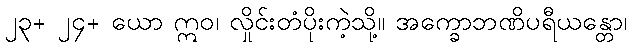
၂၃+ ၂၄+ ယော ဣဝ၊ လှိုင်းတံပိုးကဲ့သို့။ အက္ခောဘဏိပရီယန္တော၊